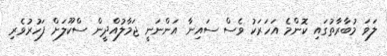
ލަވަ މުބާރާތުގައި ކޮންމެ އަހަރަކު ވެސް ސައިނާ އަންނަނީ ޖަމާލުއްދީން ސްކޫލަށް ފަހުރުވެރި